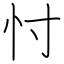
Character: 忖